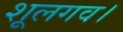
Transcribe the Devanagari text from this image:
शूलगव।